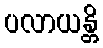
ပလာယန္တိ